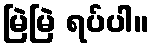
မြဲမြဲ ရပ်ပါ။